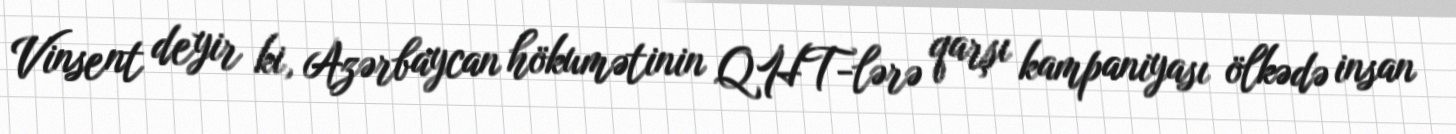
Vinsent deyir ki, Azərbaycan hökumətinin QHT-lərə qarşı kampaniyası ölkədə insan